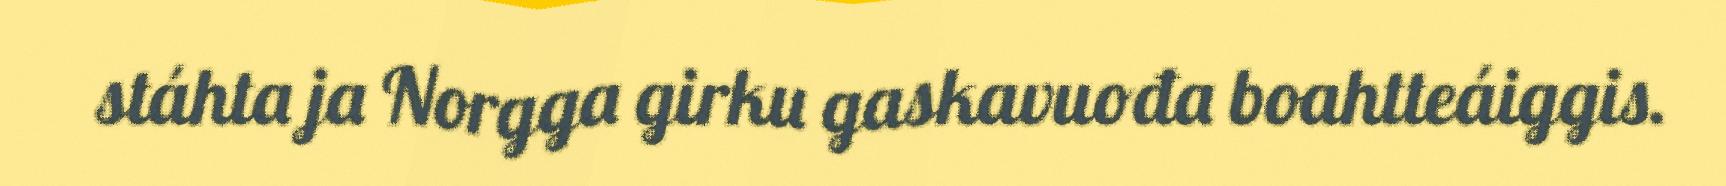
stáhta ja Norgga girku gaskavuođa boahtteáiggis.